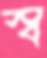
স্ব